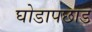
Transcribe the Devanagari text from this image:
घोडापछाड